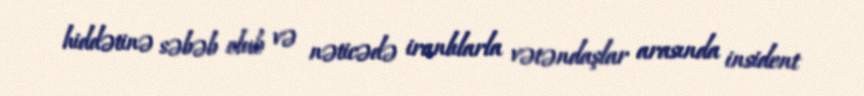
hiddətinə səbəb olub və nəticədə iranlılarla vətəndaşlar arasında insident